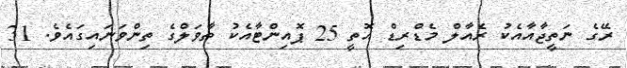
ރޭގެ ނަތީޖާއާއެކު ރެއާލް މެޑްރިޑް އޮތީ 25 ޕޮއިންޓާއެކު ތާވަލްގެ ތިންވަނައިގައެވެ. 31